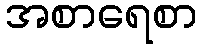
အစာရေစာ